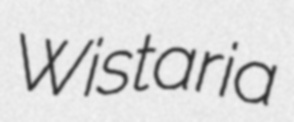
Wistaria